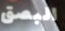
البصق